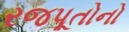
રજપૂતોનો